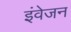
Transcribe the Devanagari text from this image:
इंवेजन